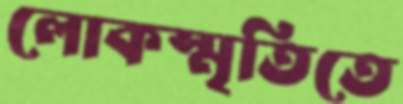
লোকস্মৃতিতে